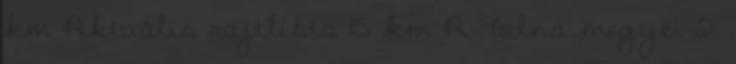
km Aktuális rajtlista 15 km A Tolna megyei 2.